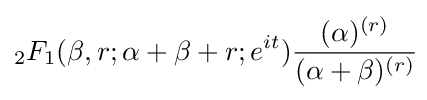
{}_{2}F_{1}(\beta ,r;\alpha +\beta +r;e^{it}){\frac {(\alpha )^{(r)}}{(\alpha +\beta )^{(r)}}}\!